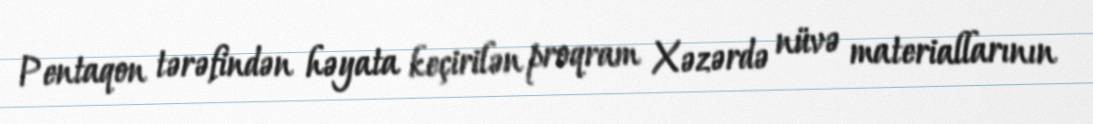
Pentaqon tərəfindən həyata keçirilən proqram Xəzərdə nüvə materiallarının